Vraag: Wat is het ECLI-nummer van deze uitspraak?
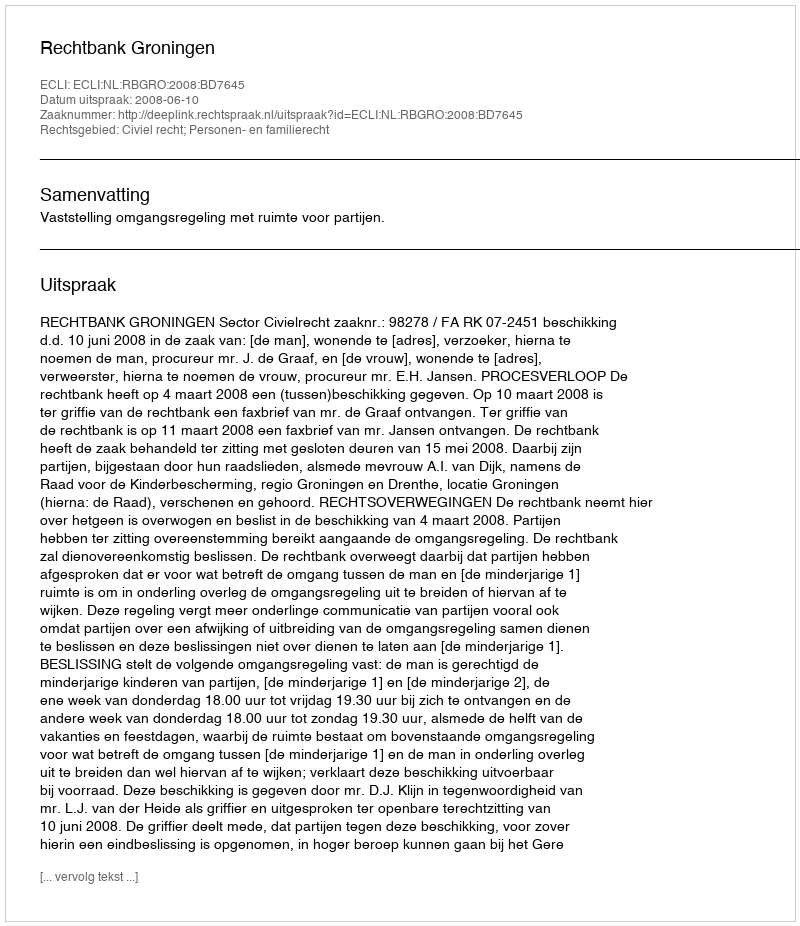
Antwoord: ECLI:NL:RBGRO:2008:BD7645